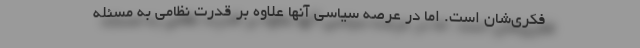
فکری‌شان است. اما در عرصه سیاسی آنها علاوه بر قدرت نظامی به مسئله